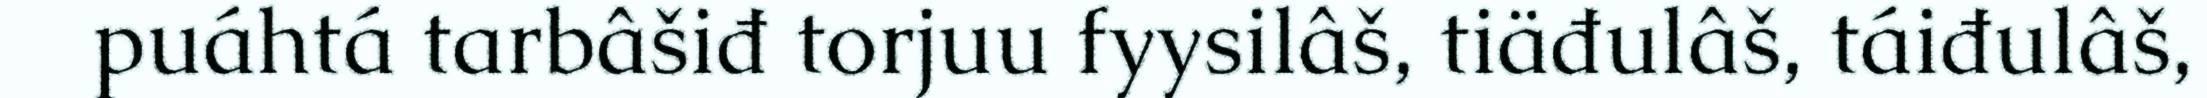
puáhtá tarbâšiđ torjuu fyysilâš, tiäđulâš, táiđulâš,